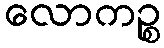
လောကဉ္စ